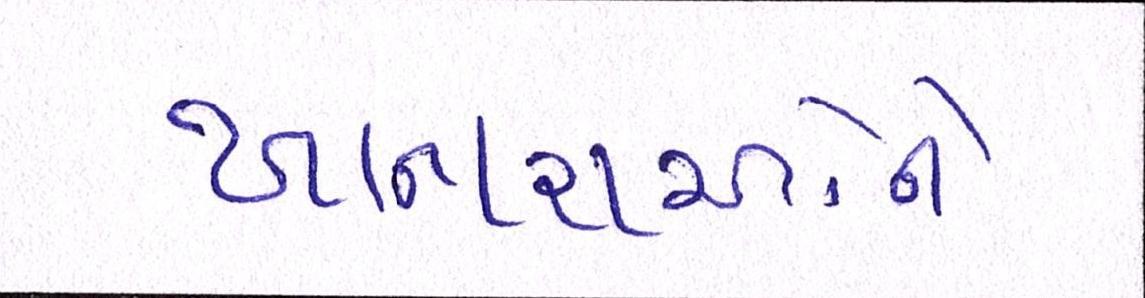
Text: ખાનારાઓને